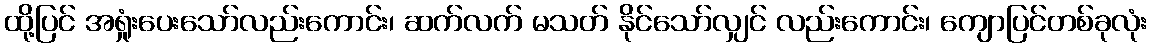
ထို့ပြင် အရှုံးပေးသော်လည်းကောင်း၊ ဆက်လက် မသတ် နိုင်သော်လျှင် လည်းကောင်း၊ ကျောပြင်တစ်ခုလုံး